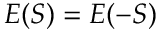
E ( S ) = E ( - S )